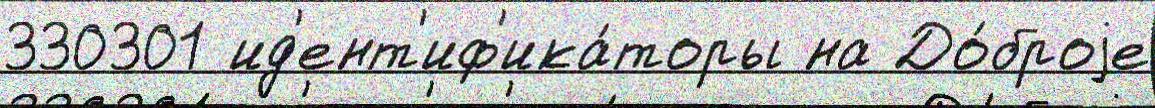
330301 ид'ент'иф'ика́торы на До́броjе